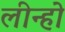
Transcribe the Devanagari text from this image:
लीन्हो